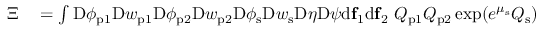
\begin{array} { r l } { \Xi } & { { } = \int \mathrm { D } \phi _ { \mathrm { p } 1 } \mathrm { D } w _ { \mathrm { p } 1 } \mathrm { D } \phi _ { \mathrm { p } 2 } \mathrm { D } w _ { \mathrm { p } 2 } \mathrm { D } \phi _ { \mathrm { s } } \mathrm { D } w _ { \mathrm { s } } \mathrm { D } \eta \mathrm { D } \psi \mathrm { d } \mathbf { f } _ { 1 } \mathrm { d } \mathbf { f } _ { 2 } \ Q _ { \mathrm { p } 1 } Q _ { \mathrm { p } 2 } \exp ( e ^ { \mu _ { \mathrm { s } } } Q _ { \mathrm { s } } ) } \end{array}